Vital statistics of India. Vol. V, Reports of 1876 on armies & jails and on epidemic cholera
Year: 1876
Disease focus: Cholera
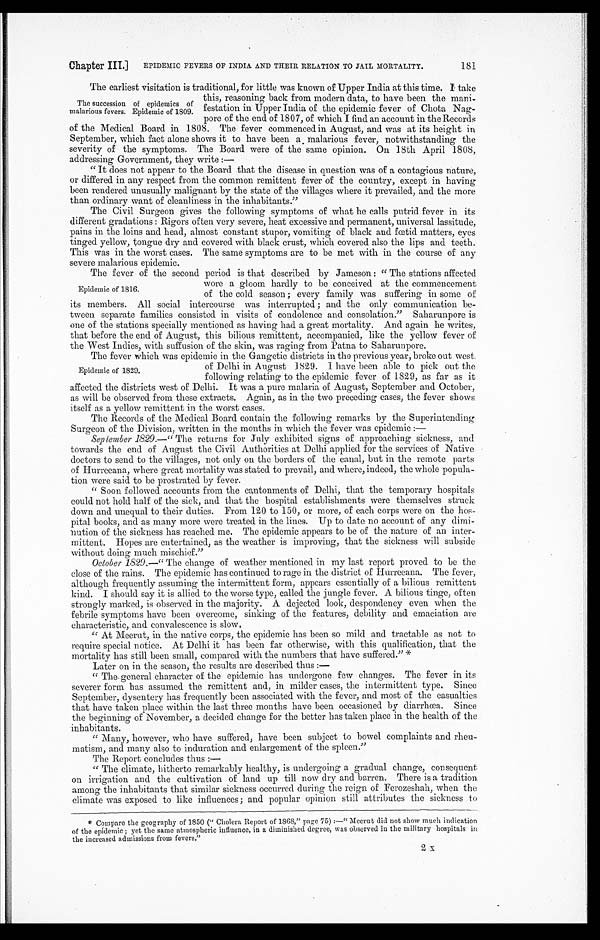
Chapter III.] EPIDEMIC FEVERS OF INDIA AND THEIR RELATION TO JAIL MORTALITY.
181
The earliest visitation is traditional, for little was known of Upper India at this time. I take
this, reasoning back from modern data, to have been the mani--
festation in Upper India of the epidemic fever of Chota Nag-
pore of the end of 1807, of which I find an account in the Records
of the Medical Board in 1808. The fever commenced in August, and was at its height in
September, which fact alone shows it to have been a malarious fever, notwithstanding the
severity of the symptoms. The Board were of the same opinion. On 18th April 1808,
addressing Government, they write :—
" It does not appear to the Board that the disease in question was of a contagious nature,
or differed in any respect from the common remittent fever of the country, except in having
been rendered unusually malignant by the state of the villages where it prevailed, and the more
than ordinary want of cleanliness in the inhabitants."
The Civil Surgeon gives the following symptoms of what he calls putrid fever in its
different gradations : Rigors often very severe, heat excessive and permanent, universal lassitude,
pains in the loins and head, almost constant stupor, vomiting of black and fœtid matters, eyes
tinged yellow, tongue dry and covered with black crust, which covered also the lips and teeth.
This was in the worst cases. The same symptoms are to be met with in the course of any
severe malarious epidemic.
The fever of the second period is that described by Jameson : " The stations affected
wore a gloom hardly to be conceived at the commencement
of the cold season ; every family was suffering in some of
its members. All social intercourse was interrupted ; and the only communication be--
tween separate families consisted in visits of condolence and consolation." Saharunpore is
one of the stations specially mentioned as having had a great mortality. And again he writes,
that before the end of August, this bilious remittent, accompanied, like the yellow fever of
the West Indies, with suffusion of the skin, was rain from Patna to Saharunpore.
The fever which was epidemic in the Gangetic districts in the previous year, broke out west.
of Delhi in August 1.829. I have been able to pick out the
following relating to the epidemic fever of 1829, as far as it
affected the districts west of Delhi. It was a pure malaria of August, September and October,
as will be observed from these extracts. Again, as in the two preceding cases, the fever shows.
itself as a yellow remittent in the worst cases.
The Records of the Medical Board contain the following remarks by the Superintending
Surgeon of the Division, written in the months in which the fever was epidemic :—
September 1829.— " The returns for July exhibited signs of approaching sickness, and
towards the end of August the Civil Authorities at Delhi applied for the services of Native
doctors to send to the villages, not only on the borders of the canal, but in the remote parts
of Hurreeana, where great mortality was stated to prevail, and where, indeed, the whole popula-
-tion were said to be prostrated by fever.
" Soon followed accounts from the cantonments of Delhi, that the temporary hospitals
could not hold half of the sick, and that the hospital establishments were themselves struck
down and unequal to their duties. From 120 to 150, or more, of each corps were on the hos-
pital books, and as many more were treated in the lines. Up to date no account of any dimi-
nution of the sickness has reached me. The epidemic appears to be of the nature of an inter-
-mittent. Hopes are entertained, as the weather is improving, that the sickness will subside
without doing much mischief."
October 1829.— " The change of weather mentioned in my last report proved to be the
close of the rains. The epidemic has continued to rage in the district of Hurreeana. The fever,
although frequently assuming the intermittent form, appears essentially of a bilious remittent
kind. I should say it is allied to the worse type, called the jungle fever. A bilious tinge, often
strongly marked, is observed in the majority. A dejected look, despondency even when the
febrile symptoms have been overcome, sinking of the features, debility and emaciation are.
characteristic, and convalescence is slow.
" At Meerut, in the native corps, the epidemic has been so mild and tractable as not to
require special notice. At Delhi it has been far otherwise, with this qualification, that the
mortality has still been small, compared with the numbers that have suffered." *
Later on in the season, the results are described thus :—
" The general character of the epidemic has undergone few changes. The fever in its
severer form has assumed the remittent and, in milder cases, the intermittent type. Since
September, dysentery has frequently been associated with the fever, and most of the casualties
that have taken place within the last three months have been occasioned by diarrhœa. Since
the beginning of November, a decided change for the better has taken place in the health of the
inhabitants.
" Many, however, who have suffered, have been subject to bowel complaints and rheu-
-matism, and many also to induration and enlargement of the spleen."
The Report concludes thus :—
" The climate, hitherto remarkably healthy, is undergoing a gradual change, consequent
on irrigation and the cultivation of land up till now dry and barren. There is a tradition.
among the inhabitants that similar sickness occurred during the reign of Ferozeshah, when the
climate was exposed to like influences ; and popular opinion still attributes the sickness to
* Compare the geography of 1850 (" Cholera Report of 1868," page 75) :—" Meerut did not show much indication
of the epidemic ; yet the same atmospheric influence, in a diminished degree, was observed in the military hospitals in
the increased admissions from fevers."
The succession of epidemics of
malarious fevers. Epidemic of 1809.
Epidemic of 1816.
Epidemic of 1829.
2 X